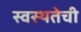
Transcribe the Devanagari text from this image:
स्वस्थतेची